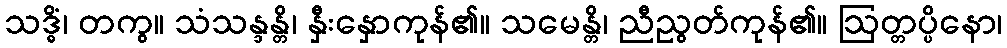
သဒ္ဓိံ၊ တကွ။ သံသန္ဒန္တိ၊ နှီးနှောကုန်၏။ သမေန္တိ၊ ညီညွတ်ကုန်၏။ ဩတ္တပ္ပိနော၊